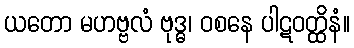
ယတော မဟဗ္ဗလံ ဗုဒ္ဓ၊ ဝစနေ ပါဋဝတ္ထိနံ။